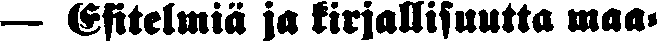
— Esitelmiä ja kirjallisuutta maa-